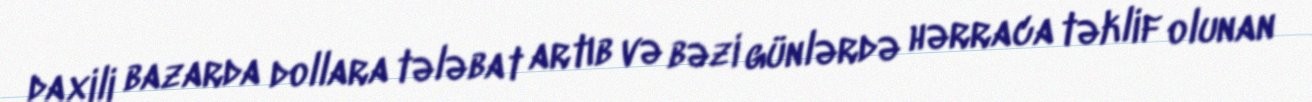
daxili bazarda dollara tələbat artıb və bəzi günlərdə hərraca təklif olunan